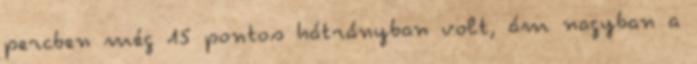
percben még 15 pontos hátrányban volt, ám nagyban a